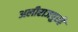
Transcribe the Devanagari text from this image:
अलीराजपुरहै